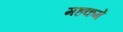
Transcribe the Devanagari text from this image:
महकमें